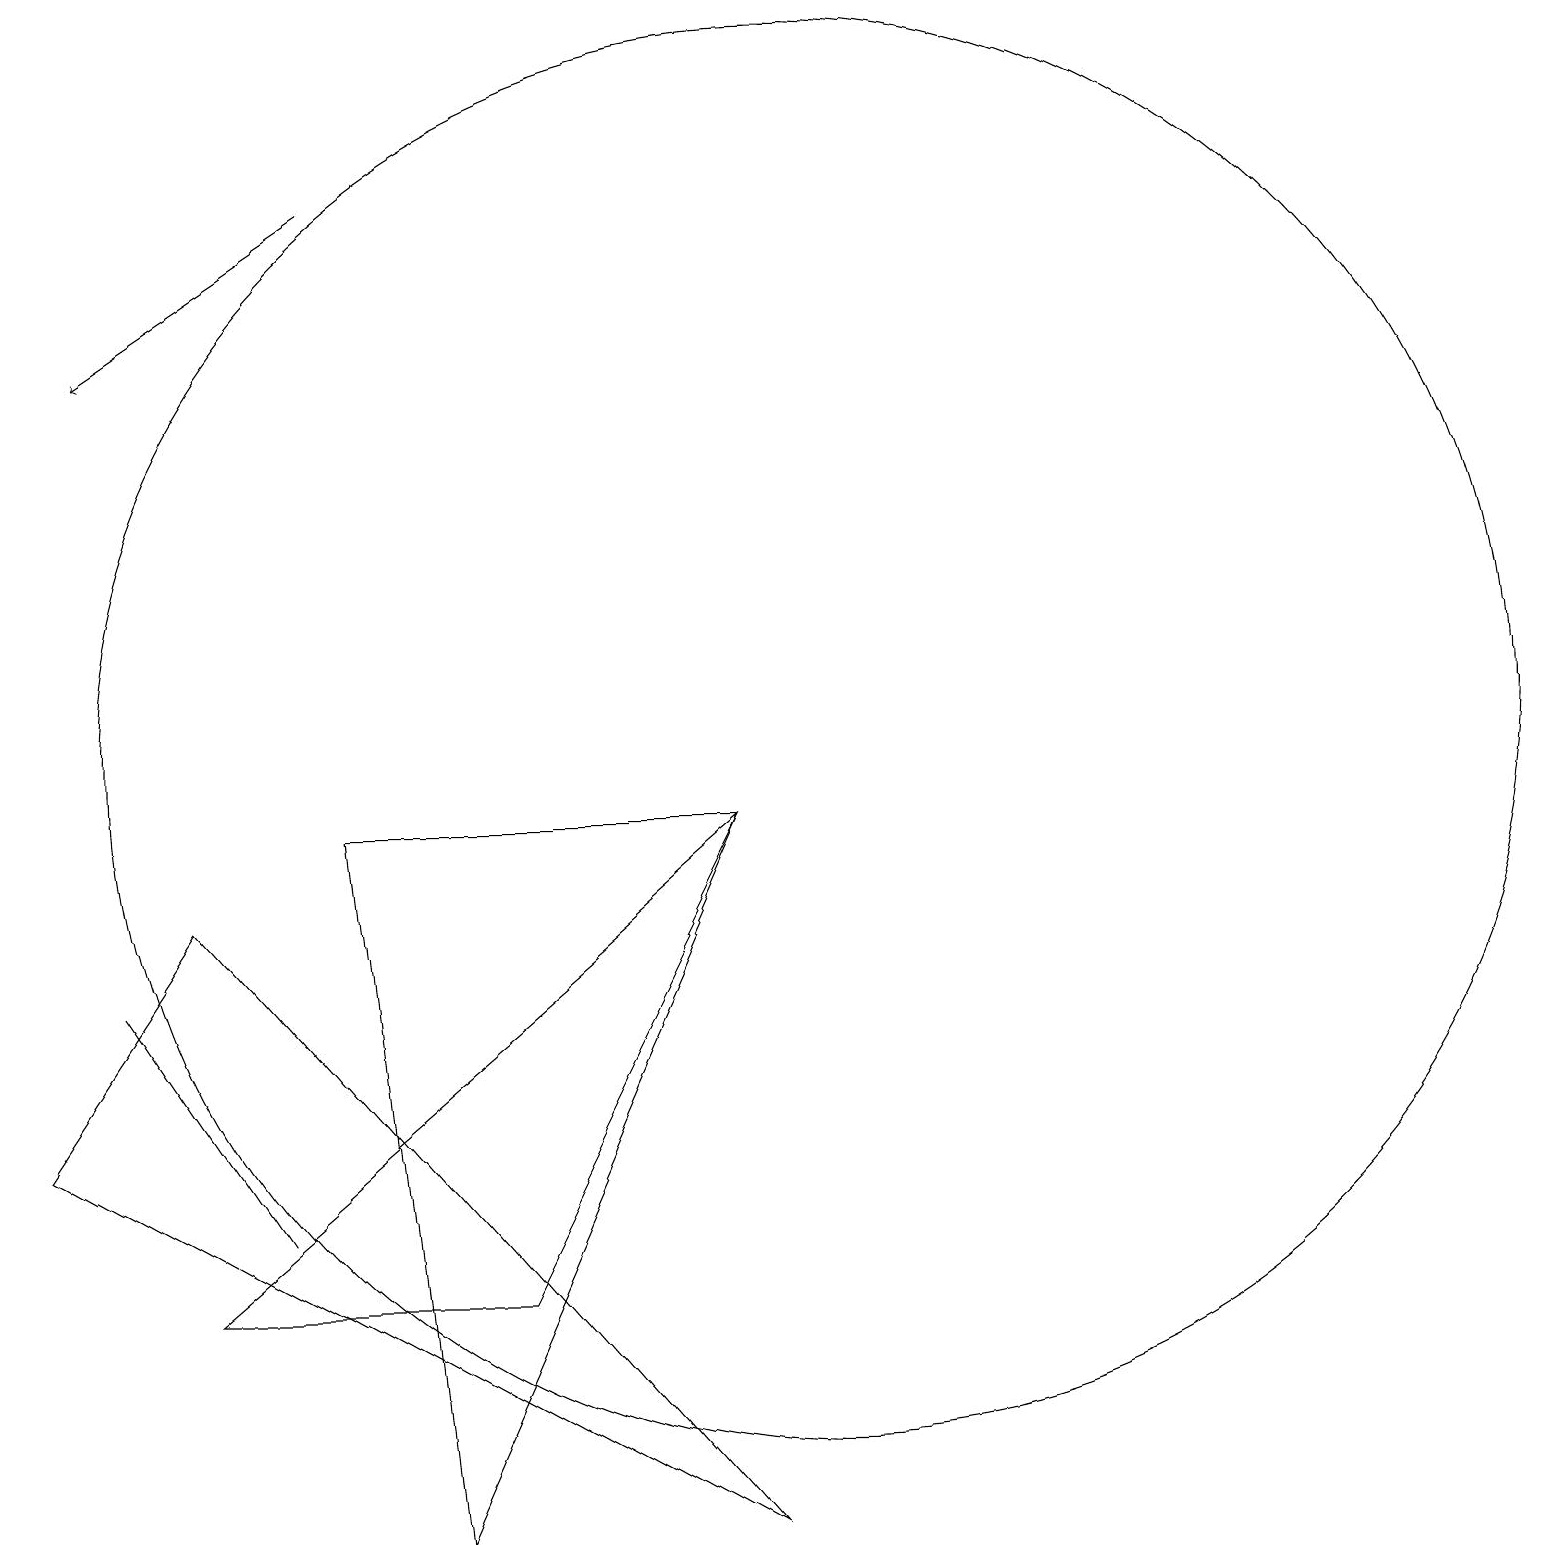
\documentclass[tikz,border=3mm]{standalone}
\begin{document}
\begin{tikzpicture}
\draw (3,4) -- (1,7) -- (3,4) -- cycle;
\draw (10,10) circle (9);
\draw (9,0) -- (0,5) -- (2,8) -- cycle;
\draw[->] (4,17) -- (1,15);
\draw (5,0) -- (4,9) -- (9,9) -- cycle;
\draw (6,3) -- (9,9) -- (2,3) -- cycle;
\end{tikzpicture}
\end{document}